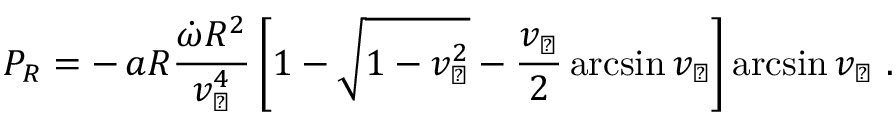
P _ { R } = - \, a R { \frac { \dot { \omega } R ^ { 2 } } { v _ { \perp } ^ { 4 } } } \left[ 1 - \sqrt { 1 - v _ { \perp } ^ { 2 } } - { \frac { v _ { \perp } } { 2 } } \arcsin v _ { \perp } \right] \arcsin v _ { \perp } \ .